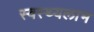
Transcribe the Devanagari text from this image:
स्वस्थ्यलाभ